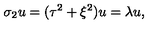
\sigma _ { 2 } u = ( \tau ^ { 2 } + \xi ^ { 2 } ) u = \lambda u ,